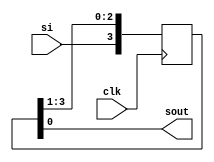
module siso (clk,si ,sout ); 
input clk,si ; 

output sout  ; 

reg [3:0]innternal ; 

always@(posedge clk )
begin 

innternal [3]<=si ; 
innternal [2]<=innternal [3] ; 
innternal [1]<=innternal [2] ; 
innternal [0]<=innternal [1] ; 

end 
assign sout = innternal[0]; 

endmodule